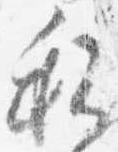
私